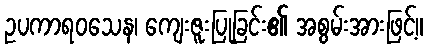
ဥပကာရဝသေန၊ ကျေးဇူးပြုခြင်း၏ အစွမ်းအားဖြင့်။